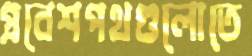
প্রবেশপথগুলোতে